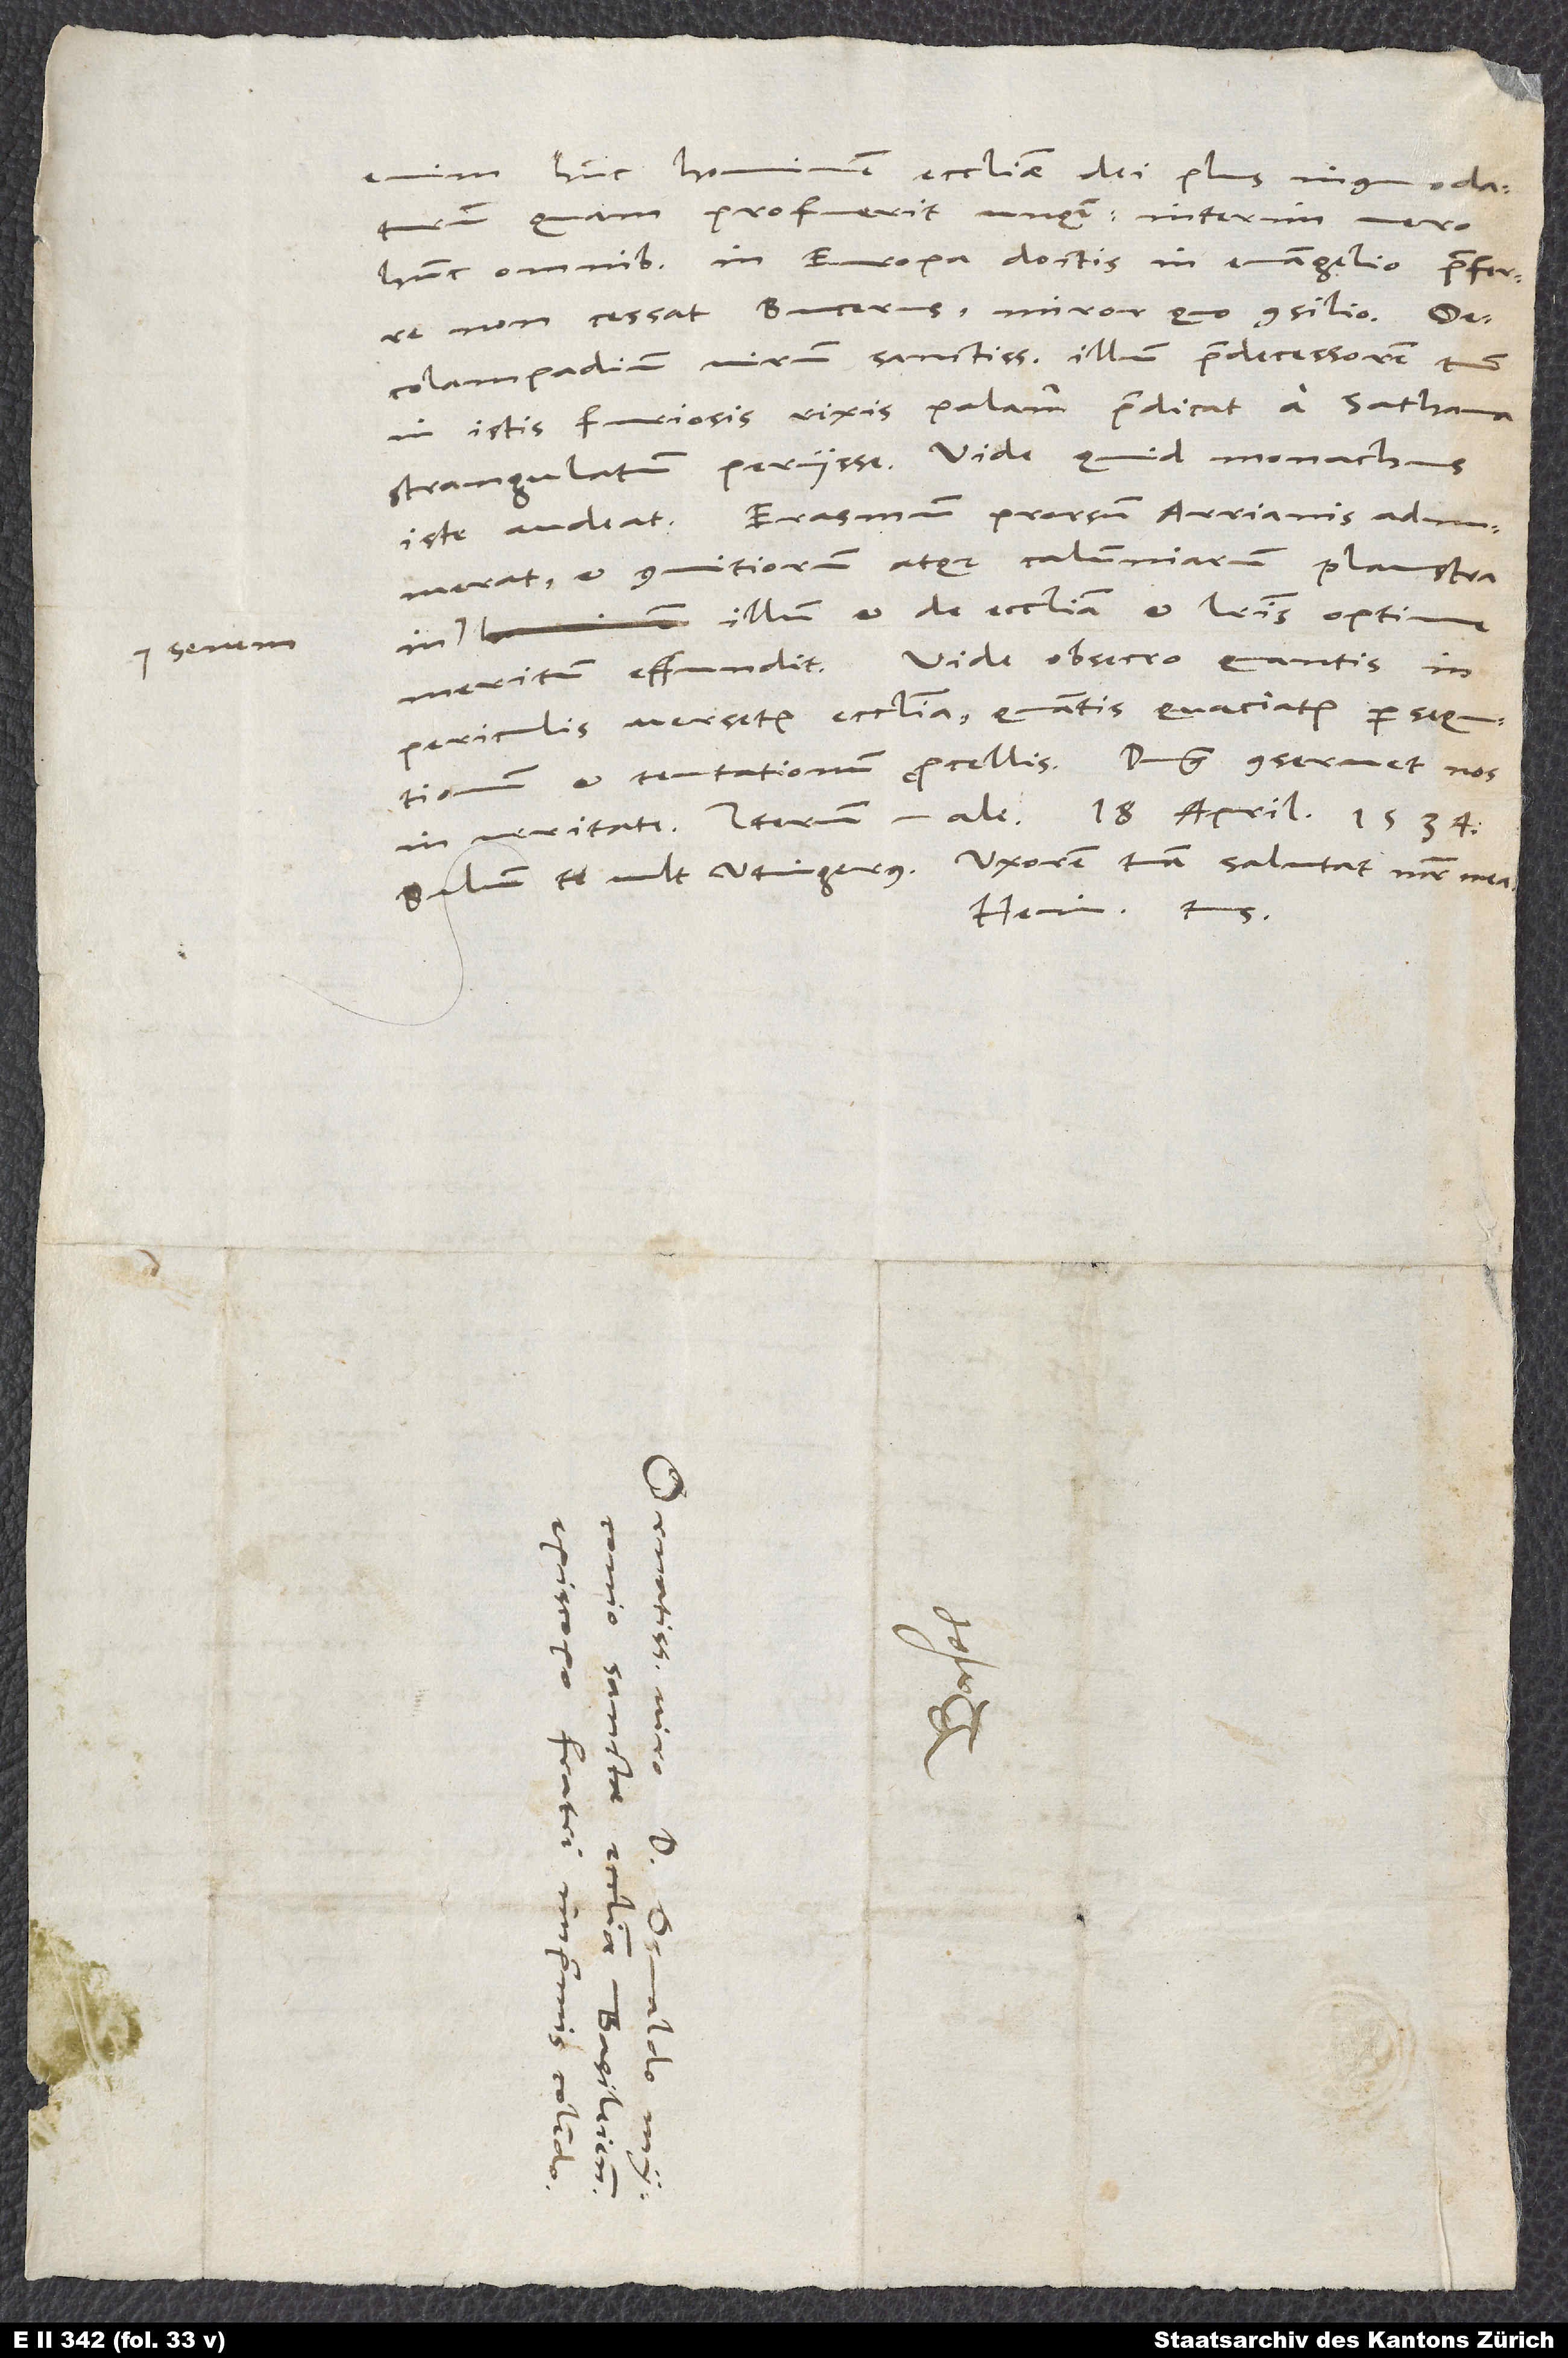
senem

enim hunc hominem ecclesiae dei plus incommodaturum,
quam profuerit unquam. Interim vero
hunc omnibus in Europa doctis in evangelio praeferre
non cessat Bucerus, miror, quo consilio.
Oecolampadium, virum sanctissimum illum, praedecessorem tuum,
in istis furiosis rixis palam praedicat a sathana
strangulatum periisse. Vide, quid monachus
iste audeat. Erasmum prorsum Arrianis adnumerat
et convitiorum atque calumniarum plaustra
illum et de ecclesia et literis optime
meritum effundit. Vide, obsecro, quantis in
periculis versetur ecclesia, quantis quaciatur persequtionum
et tentationum procellis. Dominus conservet nos
Salvum te vult Utingerus. Uxorem tuam salutat mater mea.
Hein. tuus.
d.